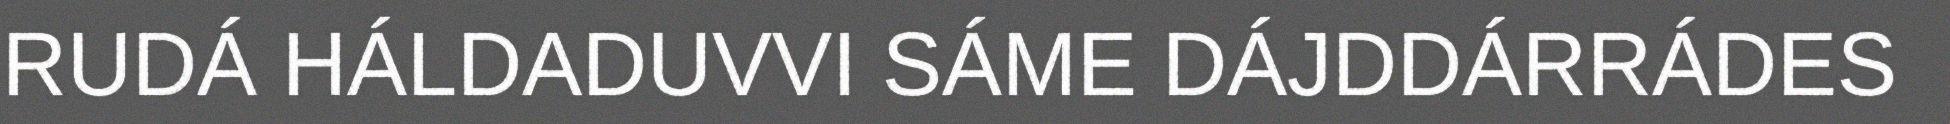
RUDÁ HÁLDADUVVI SÁME DÁJDDÁRRÁDES